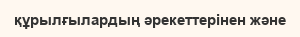
құрылғылардың әрекеттерінен және